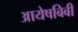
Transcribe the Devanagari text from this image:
आयेषबिबी